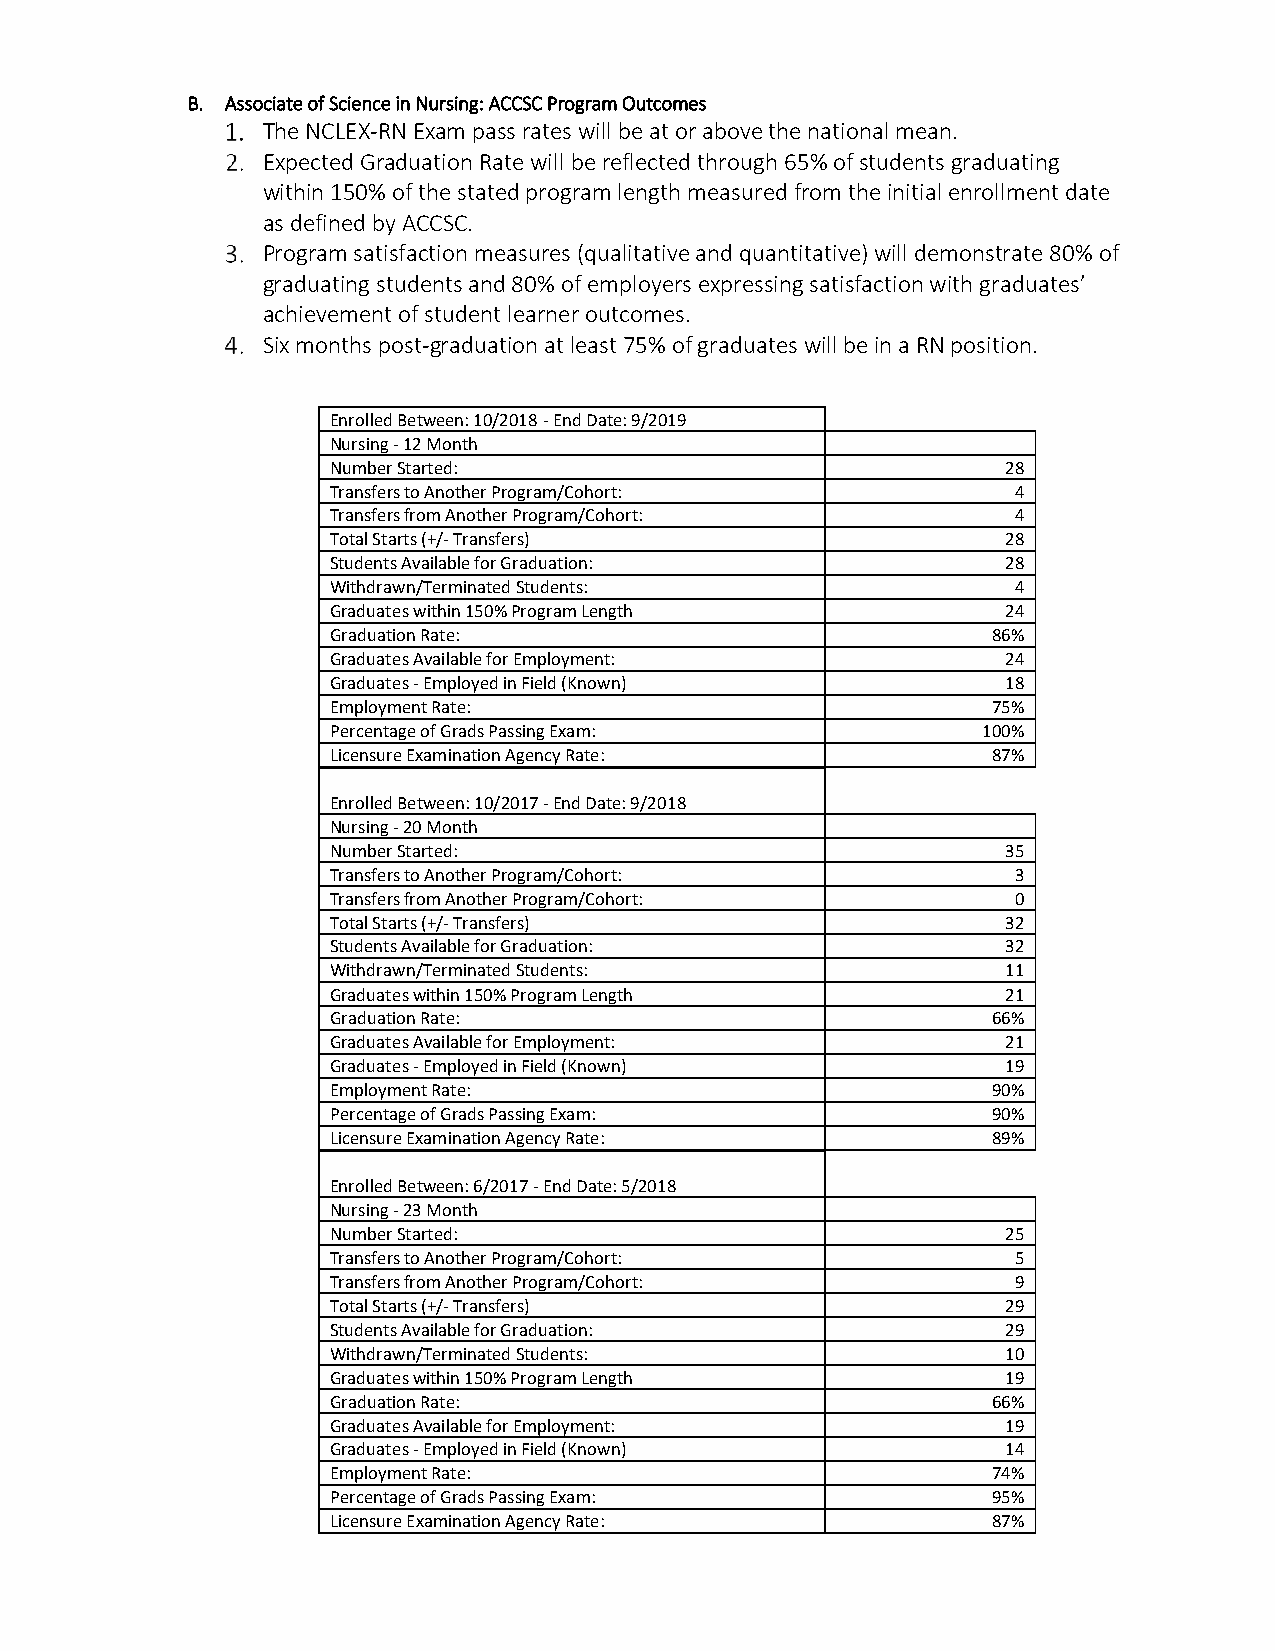
B. Associate of Science in Nursing: ACCSC Program Outcomes
 The NCLEX-RN Exam pass rates will be at or above the national mean.
 Expected Graduation Rate will be reflected through 65% of students graduating
 within 150% of the stated program length measured from the initial enrollment date
 as defined by ACCSC.
 Program satisfaction measures (qualitative and quantitative) will demonstrate 80% of
 graduating students and 80% of employers expressing satisfaction with graduates’
 achievement of student learner outcomes.
 Six months post-graduation at least 75% of graduates will be in a RN position.
 Enrolled Between: 10/2018 - End Date: 9/2019
 Nursing - 12 Month
 Number Started:                              28
 Transfers to Another Program/Cohort:         4
 Transfers from Another Program/Cohort:       4
 Total Starts (+/- Transfers)                 28
 Students Available for Graduation:           28
 Withdrawn/Terminated Students:               4
 Graduates within 150% Program Length         24
 Graduation Rate:                            86%
 Graduates Available for Employment:          24
 Graduates - Employed in Field (Known)        18
 Employment Rate:                            75%
 Percentage of Grads Passing Exam:          100%
 Licensure Examination Agency Rate:          87%
 Enrolled Between: 10/2017 - End Date: 9/2018
 Nursing - 20 Month
 Number Started:                              35
 Transfers to Another Program/Cohort:         3
 Transfers from Another Program/Cohort:       0
 Total Starts (+/- Transfers)                 32
 Students Available for Graduation:           32
 Withdrawn/Terminated Students:               11
 Graduates within 150% Program Length         21
 Graduation Rate:                            66%
 Graduates Available for Employment:          21
 Graduates - Employed in Field (Known)        19
 Employment Rate:                            90%
 Percentage of Grads Passing Exam:           90%
 Licensure Examination Agency Rate:          89%
 Enrolled Between: 6/2017 - End Date: 5/2018
 Nursing - 23 Month
 Number Started:                              25
 Transfers to Another Program/Cohort:         5
 Transfers from Another Program/Cohort:       9
 Total Starts (+/- Transfers)                 29
 Students Available for Graduation:           29
 Withdrawn/Terminated Students:               10
 Graduates within 150% Program Length         19
 Graduation Rate:                            66%
 Graduates Available for Employment:          19
 Graduates - Employed in Field (Known)        14
 Employment Rate:                            74%
 Percentage of Grads Passing Exam:           95%
 Licensure Examination Agency Rate:          87%